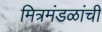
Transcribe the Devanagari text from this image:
मित्रमंडळांची